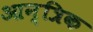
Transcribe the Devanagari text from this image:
आन्त्रिक